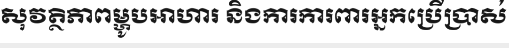
សុវត្ថិភាពម្ហូបអាហារ និងការការពារអ្នកប្រើប្រាស់